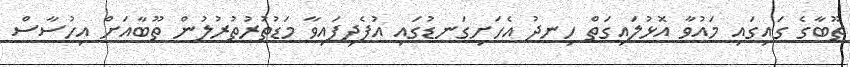
ތޫބާގެ ގައިގައި މައުވާ އޮޅުލައިގަތް ހިނދު އެހަށިގަނޑުގައި އުފެދިފައިވާ މަޑުތުރުތުރުލުން ތޫބާއަށް އިހުސާސް